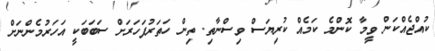
ކުއްޖެއްކަން ވީމާ ކޮންމެ ކަމެއް ކުރިޔަސް ވިސްނާތި. ތިން ހަތަރުފަހަރަށް ސަބަބަކީ އަހަރުމެންނަށް